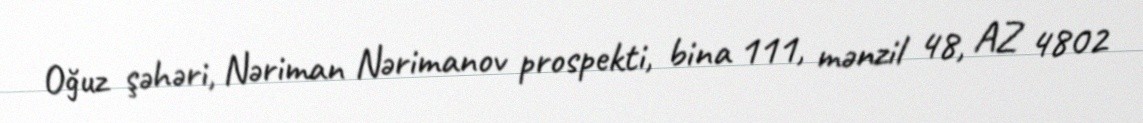
Oğuz şəhəri, Nəriman Nərimanov prospekti, bina 111, mənzil 48, AZ 4802